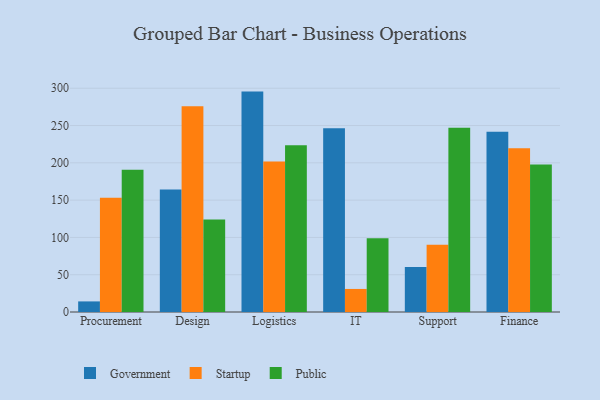
{"axis": {"x": "Department", "y": "Bounce Rate (%)"}, "legend": ["Government", "Public", "Startup"], "data": [{"x": "Procurement", "y": 14.2, "type": "Government"}, {"x": "Procurement", "y": 153.3, "type": "Startup"}, {"x": "Procurement", "y": 190.8, "type": "Public"}, {"x": "Design", "y": 164.1, "type": "Government"}, {"x": "Design", "y": 276.0, "type": "Startup"}, {"x": "Design", "y": 124.0, "type": "Public"}, {"x": "Logistics", "y": 295.5, "type": "Government"}, {"x": "Logistics", "y": 201.7, "type": "Startup"}, {"x": "Logistics", "y": 223.7, "type": "Public"}, {"x": "IT", "y": 246.2, "type": "Government"}, {"x": "IT", "y": 30.9, "type": "Startup"}, {"x": "IT", "y": 98.9, "type": "Public"}, {"x": "Support", "y": 60.2, "type": "Government"}, {"x": "Support", "y": 90.1, "type": "Startup"}, {"x": "Support", "y": 247.1, "type": "Public"}, {"x": "Finance", "y": 241.8, "type": "Government"}, {"x": "Finance", "y": 219.6, "type": "Startup"}, {"x": "Finance", "y": 197.8, "type": "Public"}]}